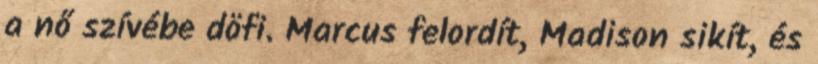
a nő szívébe döfi. Marcus felordít, Madison sikít, és